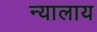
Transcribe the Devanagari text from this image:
न्यालाय